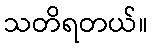
သတိရတယ်။